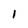
Character: 1